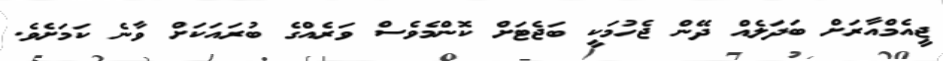
ޖީއެމްއާރަށް ބަދަލެއް ދޭން ޖެހުމަކީ ބަޖެޓަށް ކޮންމެވެސް ވަރެއްގެ ބުރައަކަށް ވާނެ ކަމަށެވެ.